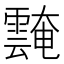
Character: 𩅝